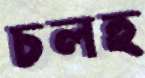
চলহ